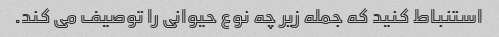
استنباط کنید که جمله زیر چه نوع حیوانی را توصیف می کند.